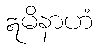
ဣမိနာဟံ